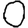
Digit: 0